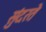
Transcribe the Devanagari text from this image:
सुंदरते